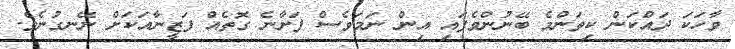
ވާހަކަ ދައްކަން ކިތަންމެ ބޭނުންވެފައި އިން ނަމަވެސް ފަށާނެ ގޮތެއް ފަޒީނާއަކަށް ނޭނގުނެވެ.